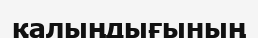
қалыңдығының